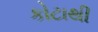
કોટાથી